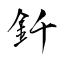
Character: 釺